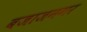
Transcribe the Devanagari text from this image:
बजाजनगर